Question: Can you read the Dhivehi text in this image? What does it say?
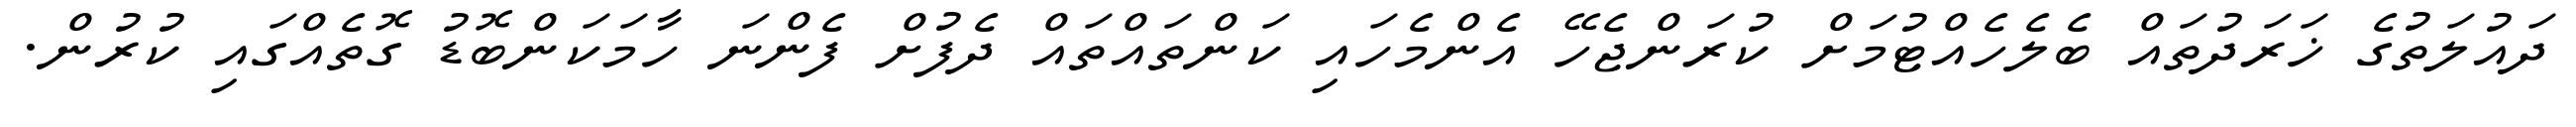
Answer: ދައުލަތުގެ ޚަރަދުތައް ބެލެހެއްޓުމަށް ކުރަންޖެހޭ އެންމެހައި ކަންތައްތައް ދެފުށް ފެންނަ ހާމަކަންބޮޑު ގޮތެއްގައި ކުރުން.